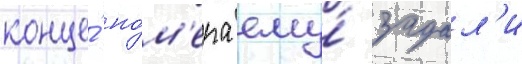
конце́ но́м'ера ему́ задал'и